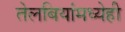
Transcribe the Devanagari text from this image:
तेलबियांमध्येही